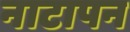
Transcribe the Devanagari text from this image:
नाटापन